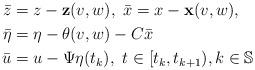
LaTeX: \begin{align*} \bar{z} &=z -\textbf{z} (v,w),~\bar{x} =x -\textbf{x} (v,w),\\ \bar{\eta}& =\eta -\theta (v,w)-C\bar{x}\\\bar{u} &=u -\Psi \eta(t_{k}),~ t\in[t_{k},t_{k+1}),k\in\mathbb{S}\\\end{align*}